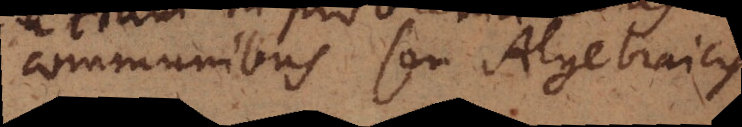
communibus seu Algebraicus